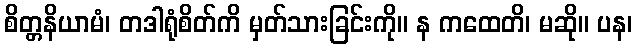
စိတ္တနိယာမံ၊ တဒါရုံစိတ်ကိ မှတ်သားခြင်းကို။ န ကထေတိ၊ မဆို။ ပန၊